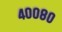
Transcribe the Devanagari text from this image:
४००८०